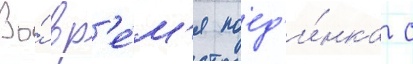
Во́ вр'е́м'я поед'и́нка с